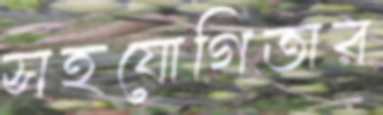
সহযোগিতার